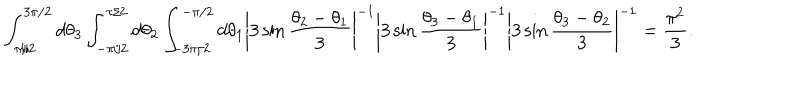
\int _ { \pi / 2 } ^ { 3 \pi / 2 } d \theta _ { 3 } \int _ { - \pi / 2 } ^ { \pi / 2 } d \theta _ { 2 } \int _ { - 3 \pi / 2 } ^ { - \pi / 2 } d \theta _ { 1 } \left| 3 \sin \frac { \theta _ { 2 } - \theta _ { 1 } } { 3 } \right| ^ { - 1 } \left| 3 \sin \frac { \theta _ { 3 } - \theta _ { 1 } } { 3 } \right| ^ { - 1 } \left| 3 \sin \frac { \theta _ { 3 } - \theta _ { 2 } } { 3 } \right| ^ { - 1 } = \frac { \pi ^ { 2 } } { 3 } .